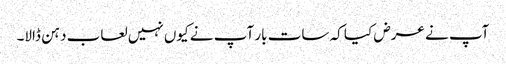
آپ نے عرض کیا کہ سات بار آپ نے کیوں نہیں لعاب دہن ڈالا۔